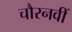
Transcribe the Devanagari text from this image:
चौरनवीं